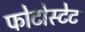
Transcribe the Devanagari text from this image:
फोटोस्टेट